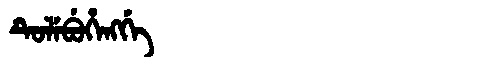
Manchu: ᡨᡠᠯᡝᠪᡠᡥᡝᠩᡤᡝ
Romanization: TULEBUHENGGE